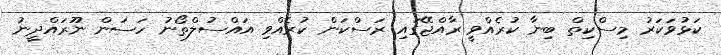
ކަޅުވަކަރު މިސްކިތް ބިނާ ކުރެއްވީ ރާއްޖޭގައި ރަސްކަން ކުރެއްވި އައްސުލްތޯނު ހަސަން ނޫރައްދީނު